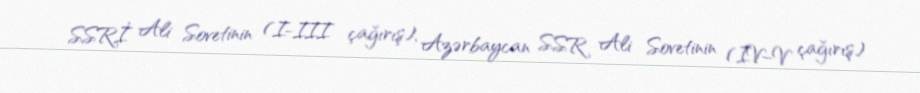
SSRİ Ali Sovetinin (I-III çağırış), Azərbaycan SSR Ali Sovetinin (IV–V çağırış)